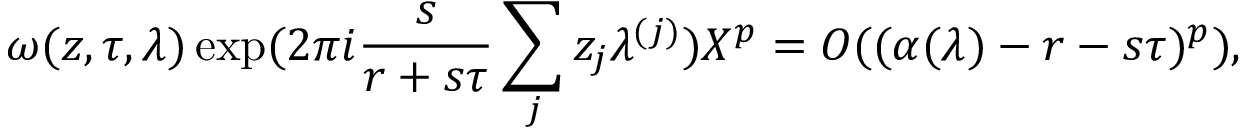
\omega ( z , \tau , \lambda ) \exp ( 2 \pi i \frac s { r + s \tau } \sum _ { j } z _ { j } \lambda ^ { ( j ) } ) X ^ { p } = O ( ( \alpha ( \lambda ) - r - s \tau ) ^ { p } ) ,